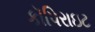
કૉપિરાઇટ